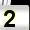
Digit: 2